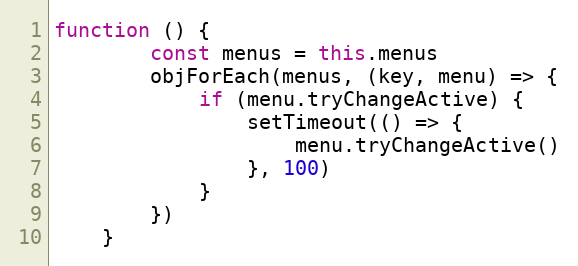
Language: JavaScript
function () {
        const menus = this.menus
        objForEach(menus, (key, menu) => {
            if (menu.tryChangeActive) {
                setTimeout(() => {
                    menu.tryChangeActive()
                }, 100)
            }
        })
    }